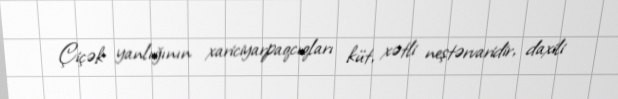
Çiçək yanlığının xariciyarpaqcıqları küt, xətli neştərvaridir, daxili